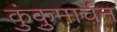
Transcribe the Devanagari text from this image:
कुंकुमार्चन